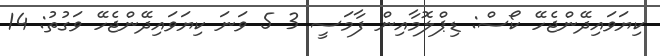
ކިޔަވައިދޭންޖެހޭ ކޯސް: ޑިޕްލޮމާއިން ފާމަސީ 3 5 ވަނަ ކިޔަވައިދޭންޖެހޭ ވަގުތު: 14